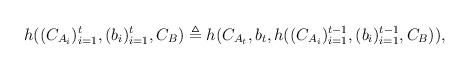
LaTeX: \begin{align*}h((C_{A_i})_{i=1}^t,(b_i)_{i=1}^t,C_B )\triangleq h(C_{A_t},b_t,h((C_{A_i})_{i=1}^{t-1},(b_i)_{i=1}^{t-1},C_B ) ),\end{align*}